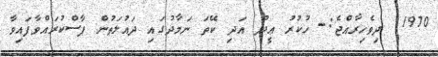
1970  ދިވެހިރާއްޖެ:- ހުކުރު ޢީދު އަދި ކޭތަ ނަމާދުގައި ދައުލަތުން ފާސްކުރައްވާފައިވާ